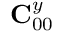
{ \bf C } _ { 0 0 } ^ { y }